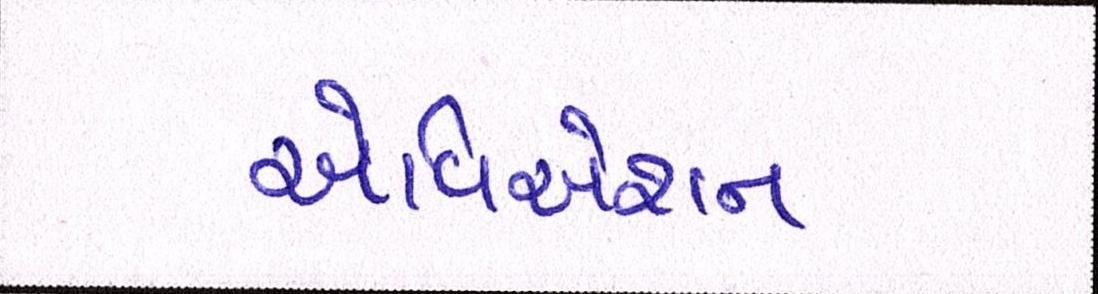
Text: એવિએશન